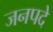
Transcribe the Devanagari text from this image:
जनपदे